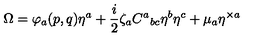
\Omega = \varphi _ { a } ( p , q ) \eta ^ { a } + \frac { i } { 2 } \zeta _ { a } C ^ { a } { } _ { b c } \eta ^ { b } \eta ^ { c } + \mu _ { a } \eta ^ { \times a }